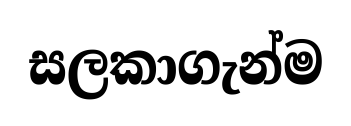
සලකාගැන්ම